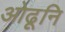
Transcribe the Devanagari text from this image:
ओढूनि